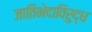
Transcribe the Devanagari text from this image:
जातिभेदाविरुद्ध